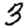
Digit: 3